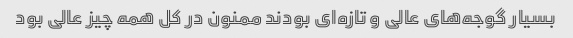
بسیار گوجه‌های عالی و تازه‌ای بودند ممنون در کل همه چیز عالی بود